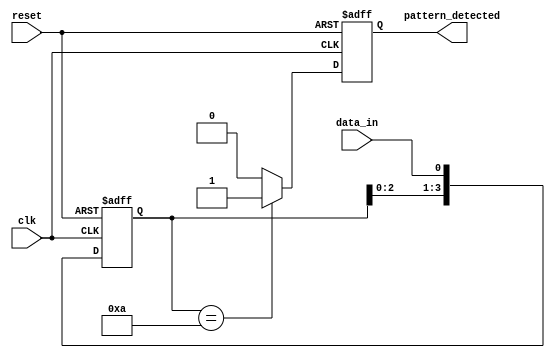
module pattern_detector (
    input wire clk,          // Clock signal
    input wire reset,        // Reset signal
    input wire data_in,      // Input data stream
    output reg pattern_detected // Output signal indicating pattern detection
);

// Parameters
parameter PATTERN_LENGTH = 4; // Length of the pattern to detect
parameter [PATTERN_LENGTH-1:0] PATTERN = 4'b1010; // Example pattern to detect

// Flip-flops to store the state
reg [PATTERN_LENGTH-1:0] state;

// Sequential logic for state transition
always @(posedge clk or posedge reset) begin
    if (reset) begin
        // Initialize state to zero on reset
        state <= 0;
        pattern_detected <= 0;
    end else begin
        // Shift the state and load new input
        state <= {state[PATTERN_LENGTH-2:0], data_in};
        
        // Check for pattern match
        if (state == PATTERN) begin
            pattern_detected <= 1; // Pattern detected
        end else begin
            pattern_detected <= 0; // No pattern detected
        end
    end
end

endmodule